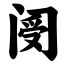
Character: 阌